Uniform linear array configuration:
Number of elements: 48
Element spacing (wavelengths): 0.5
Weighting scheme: uniform
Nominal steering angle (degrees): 60
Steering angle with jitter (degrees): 58.643
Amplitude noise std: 0.05
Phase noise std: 0.05

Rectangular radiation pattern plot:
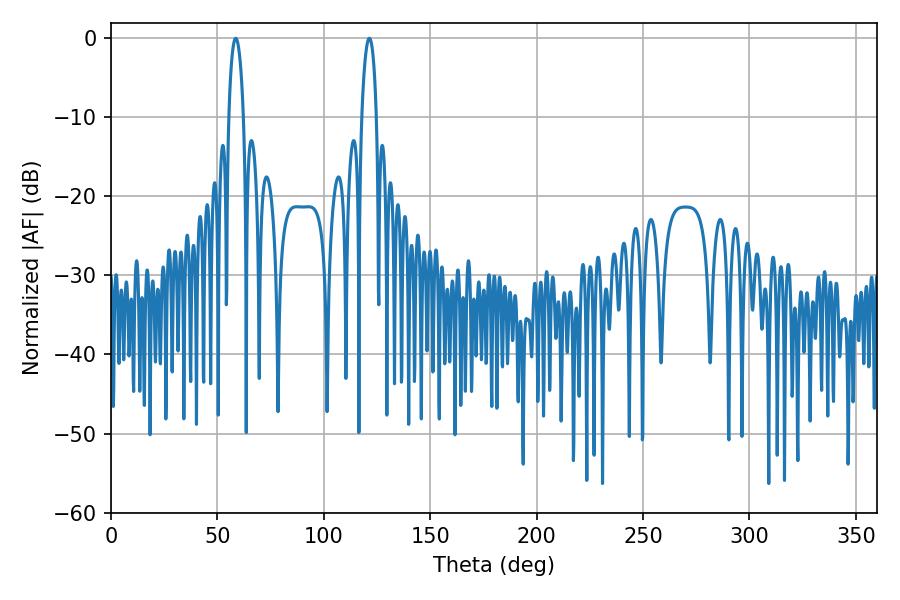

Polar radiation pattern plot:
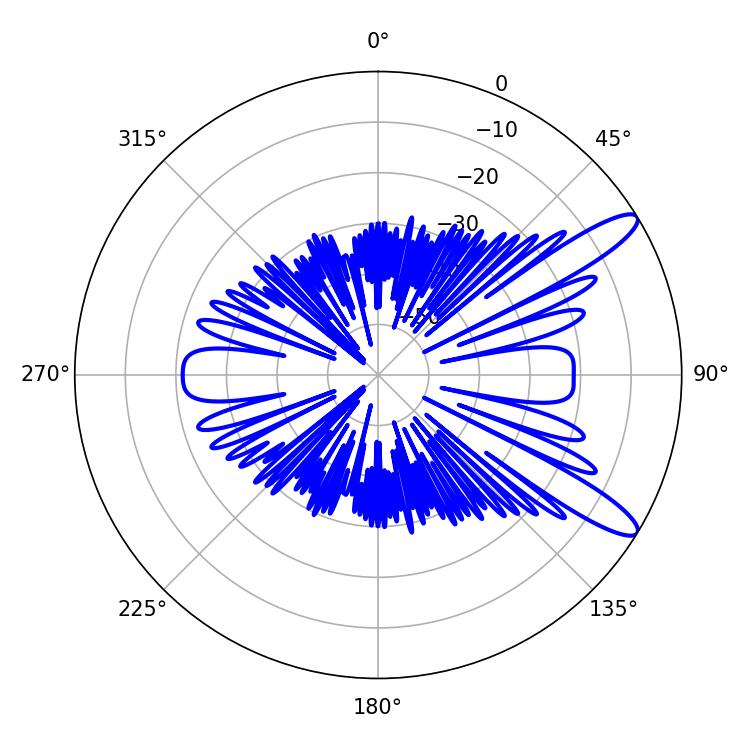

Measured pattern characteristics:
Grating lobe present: FALSE
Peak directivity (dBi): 11.747
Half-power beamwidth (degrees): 3.96
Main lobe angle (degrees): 58.68